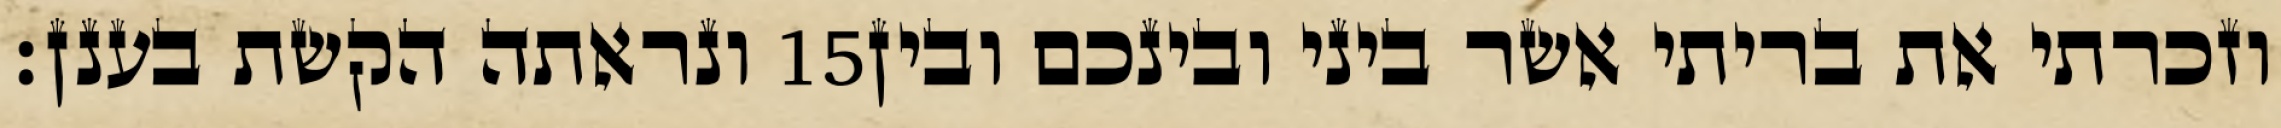
ונראתה הקשת בענן׃ ‎15‏ וזכרתי את בריתי אשר ביני ובינכם ובין